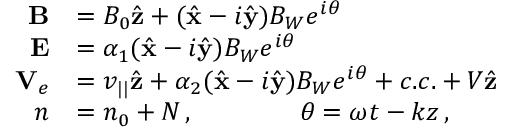
\begin{array} { r l } { { \bf B } } & { = B _ { 0 } \hat { \bf z } + ( \hat { \bf x } - i \hat { \bf y } ) B _ { W } e ^ { i \theta } } \\ { { \bf E } } & { = \alpha _ { 1 } ( \hat { \bf x } - i \hat { \bf y } ) B _ { W } e ^ { i \theta } } \\ { { \bf V } _ { e } } & { = v _ { | | } \hat { \bf z } + \alpha _ { 2 } ( \hat { \bf x } - i \hat { \bf y } ) B _ { W } e ^ { i \theta } + c . c . + V \hat { \bf z } } \\ { n } & { = n _ { 0 } + N \, , \qquad \qquad \theta = \omega t - k z \, , } \end{array}